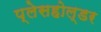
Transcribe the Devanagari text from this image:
प्लेसहोल्डर